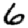
Digit: 6